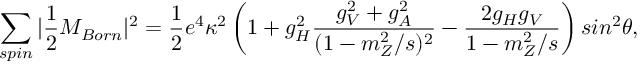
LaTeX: \sum _ { s p i n } | \frac { 1 } { 2 } { \cal M } _ { B o r n } | ^ { 2 } = \frac { 1 } { 2 } e ^ { 4 } \kappa ^ { 2 } \left( 1 + g _ { H } ^ { 2 } \frac { g _ { V } ^ { 2 } + g _ { A } ^ { 2 } } { ( 1 - m _ { Z } ^ { 2 } / s ) ^ { 2 } } - \frac { 2 g _ { H } g _ { V } } { 1 - m _ { Z } ^ { 2 } / s } \right) s i n ^ { 2 } \theta ,